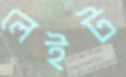
লেইট